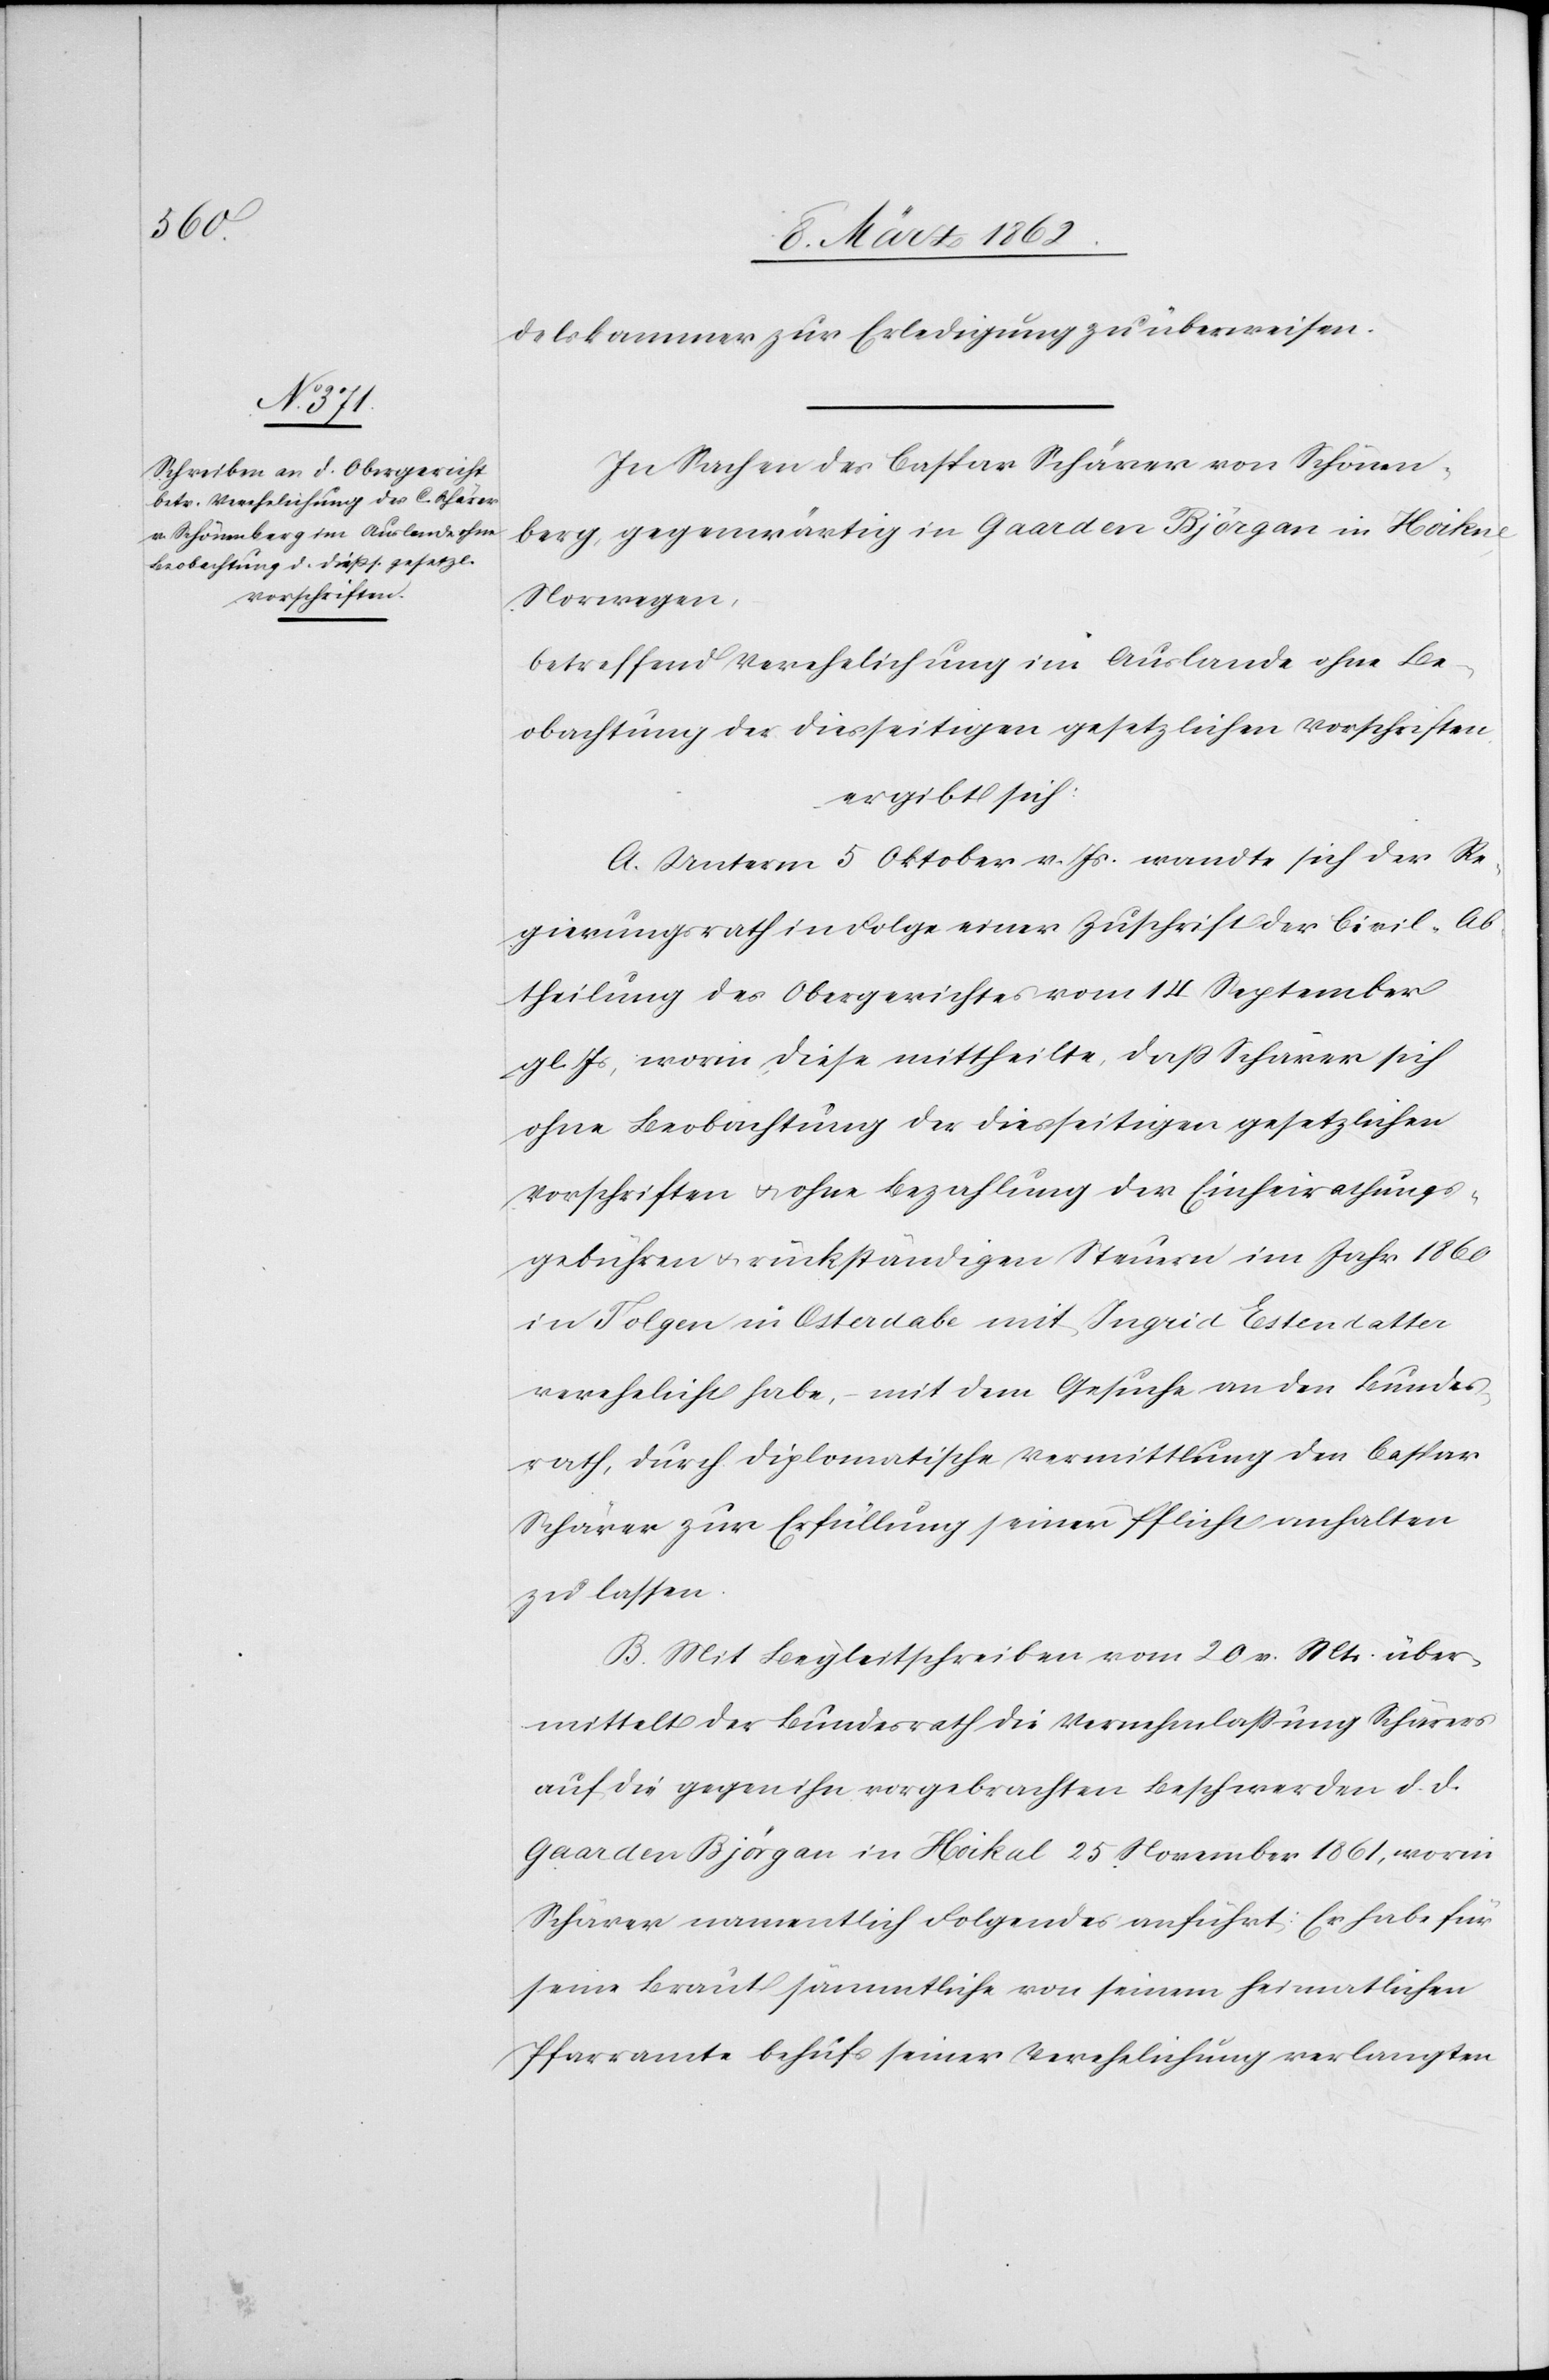
delskammer zur Erledigung zu überweisen.
In Sachen des Caspar Schärer von Schönen¬
berg, gegenwärtig in Gaarden Björgan in Hoikne,
Norwegen,
betreffend Verehelichung im Auslande ohne Be¬
obachtung der diesseitigen gesetzlichen Vorschriften
ergibt sich:
A. Unterm 5 Oktober v. Js. wandte sich der Re¬
gierungsrath in Folge einer Zuschrift der Civil-Ab¬
theilung des Obergerichtes vom 14 September
gl. Js, worin diese mittheilte, daß Schärer sich
ohne Beobachtung der diesseitigen gesetzlichen
Vorschriften u. ohne Bezahlung der Einheirathungs¬
gebühren u. rückständigen Steuern im Jahr 1860
in Tolgen in Osterdabe mit Ingrid Estendatter
verehelicht habe, – mit dem Gesuche an den Bundes¬
rath, durch diplomatische Vermittlung den Caspar
Schärer zur Erfüllung seiner Pflicht anhalten
zu lassen.
B. Mit Begleitschreiben vom 20 v. Mts. über¬
mittelt der Bundesrath die Vernehmlaßung Schärers
auf die gegen ihn vorgebrachten Beschwerden d. d.
Gaarden Björgan in Hoikal [sic!] 25 November 1861, worin
Schärer namentlich Folgendes anführt: Er habe für
seine Braut sämmtliche von seinem heimatlichen
Pfarramte behufs seiner Verehelichung verlangten